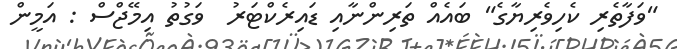
"ވަފާތެރި ކެހިވެރިޔާގެ" ބައެއް ތަރިންނާއި ޑައިރެކްޓަރު  ވަގުތު އިމޭޖްސް : އަމީން